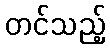
တင်သည့်